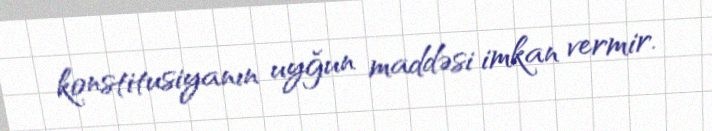
konstitusiyanın uyğun maddəsi imkan vermir.